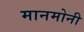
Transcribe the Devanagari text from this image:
मानमोनी